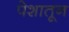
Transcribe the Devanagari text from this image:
पेशातून